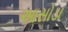
આસોડા